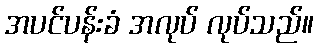
အပင်ပန်းခံ အလုပ် လုပ်သည်။